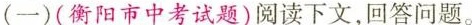
(一)(衡阳市中考试题)阅读下文，回答问题。